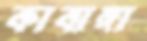
কাবাঙ্গা